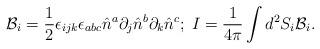
\begin{align*}{\mathcal{B}}_i=\frac{1}{2}\epsilon_{ijk}\epsilon_{abc}\hat{n}^a\partial_j\hat{n}^b\partial_k\hat{n}^c;\;I=\frac{1}{4\pi}\int d^2S_i {\mathcal{B}}_i.\end{align*}